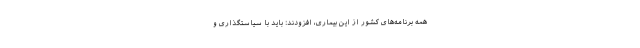
همه برنامه‌های کشور از این بیماری، افزودند: باید با سیاستگذاری و